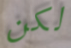
لكن